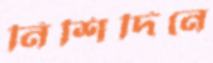
নিশিদিনে